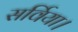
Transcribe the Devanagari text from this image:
सर्विया।